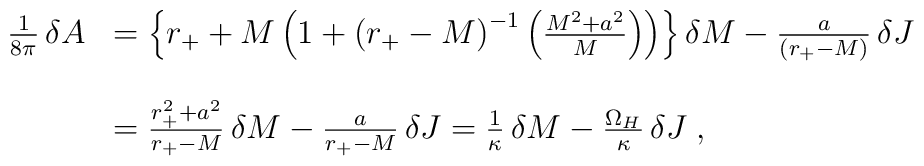
\begin{array}{ll}{1\over8\pi}\,\delta A&=\left\{r_++M\left(1+{\left(r_+-M\right)}^{-1}\left(M^2+a^2\over M\right)\right)\right\}\delta M-\frac{a}{\left(r_+-M\right)}\,\delta J\\\\&=\frac{r_+^2+a^2}{r_+-M}\,\delta M-\frac{a}{r_+-M}\,\delta J={1\over\kappa}\,\delta M-\frac{\Omega_H}{\kappa}\,\delta J\;,\end{array}